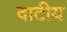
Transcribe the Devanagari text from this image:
दाटीय